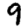
Digit: 9